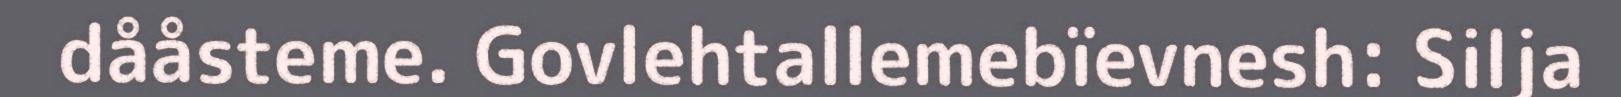
dååsteme. Govlehtallemebïevnesh: Silja